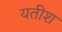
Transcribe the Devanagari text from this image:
यतीश